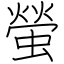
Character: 螢